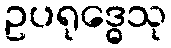
ဥပရုဒ္ဓေသု